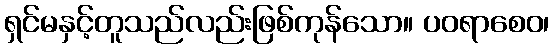
ရှင်မနှင့်တူသည်လည်းဖြစ်ကုန်သော။ ပဝရာစေဝ၊